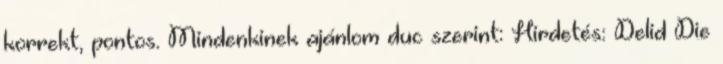
korrekt, pontos. Mindenkinek ajánlom duc szerint: Hirdetés: Delid Die